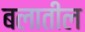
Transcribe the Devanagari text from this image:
बलातील